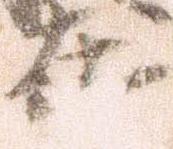
在